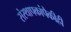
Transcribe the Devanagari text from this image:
संस्थापकांपैकीही